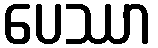
ပေဿာ